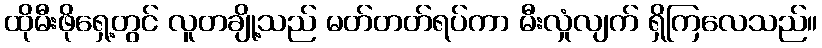
ထိုမီးဖိုရှေ့တွင် လူတချို့သည် မတ်တတ်ရပ်ကာ မီးလှုံလျက် ရှိကြလေသည်။